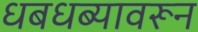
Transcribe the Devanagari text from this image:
धबधब्यावरून